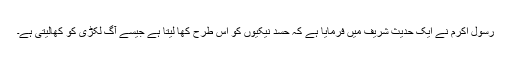
رسول اکرمؐ نے ایک حدیث شریف میں فرمایا ہے کہ حسد نیکیوں کو اس طرح کھا لیتا ہے جیسے آگ لکڑی کو کھالیتی ہے۔